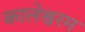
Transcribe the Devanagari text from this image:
कालेश्वरम